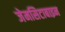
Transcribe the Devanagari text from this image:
जेमसिटाबाइन